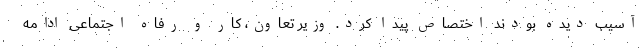
آسیب دیده بودند اختصاص پیدا کرد. وزیر تعاون، کار و رفاه اجتماعی ادامه